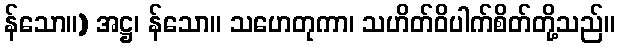
န်သော။) အဋ္ဌ၊ န်သော။ သဟေတုကာ၊ သဟိတ်ဝိပါက်စိတ်တို့သည်။